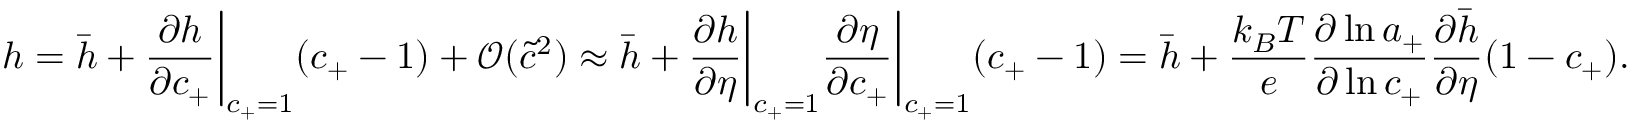
h = \bar { h } + \frac { \partial h } { \partial c _ { + } } \bigg | _ { c _ { + } = 1 } ( c _ { + } - 1 ) + \mathcal { O } ( \tilde { c } ^ { 2 } ) \approx \bar { h } + \frac { \partial h } { \partial \eta } \bigg | _ { c _ { + } = 1 } \frac { \partial \eta } { \partial c _ { + } } \bigg | _ { c _ { + } = 1 } ( c _ { + } - 1 ) = \bar { h } + \frac { k _ { B } T } { e } \frac { \partial \ln { a _ { + } } } { \partial \ln { c _ { + } } } \frac { \partial \bar { h } } { \partial \eta } ( 1 - c _ { + } ) .